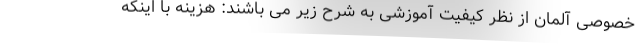
خصوصی آلمان از نظر کیفیت آموزشی به شرح زیر می باشند: هزینه با اینکه